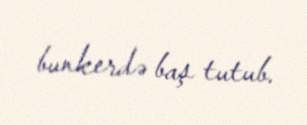
bunkerdə baş tutub.